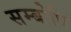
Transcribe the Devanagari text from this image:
सम्‍बोधि